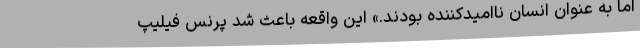
اما به عنوان انسان ناامیدکننده بودند.» این واقعه باعث شد پرنس فیلیپ